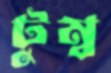
টুম্ব